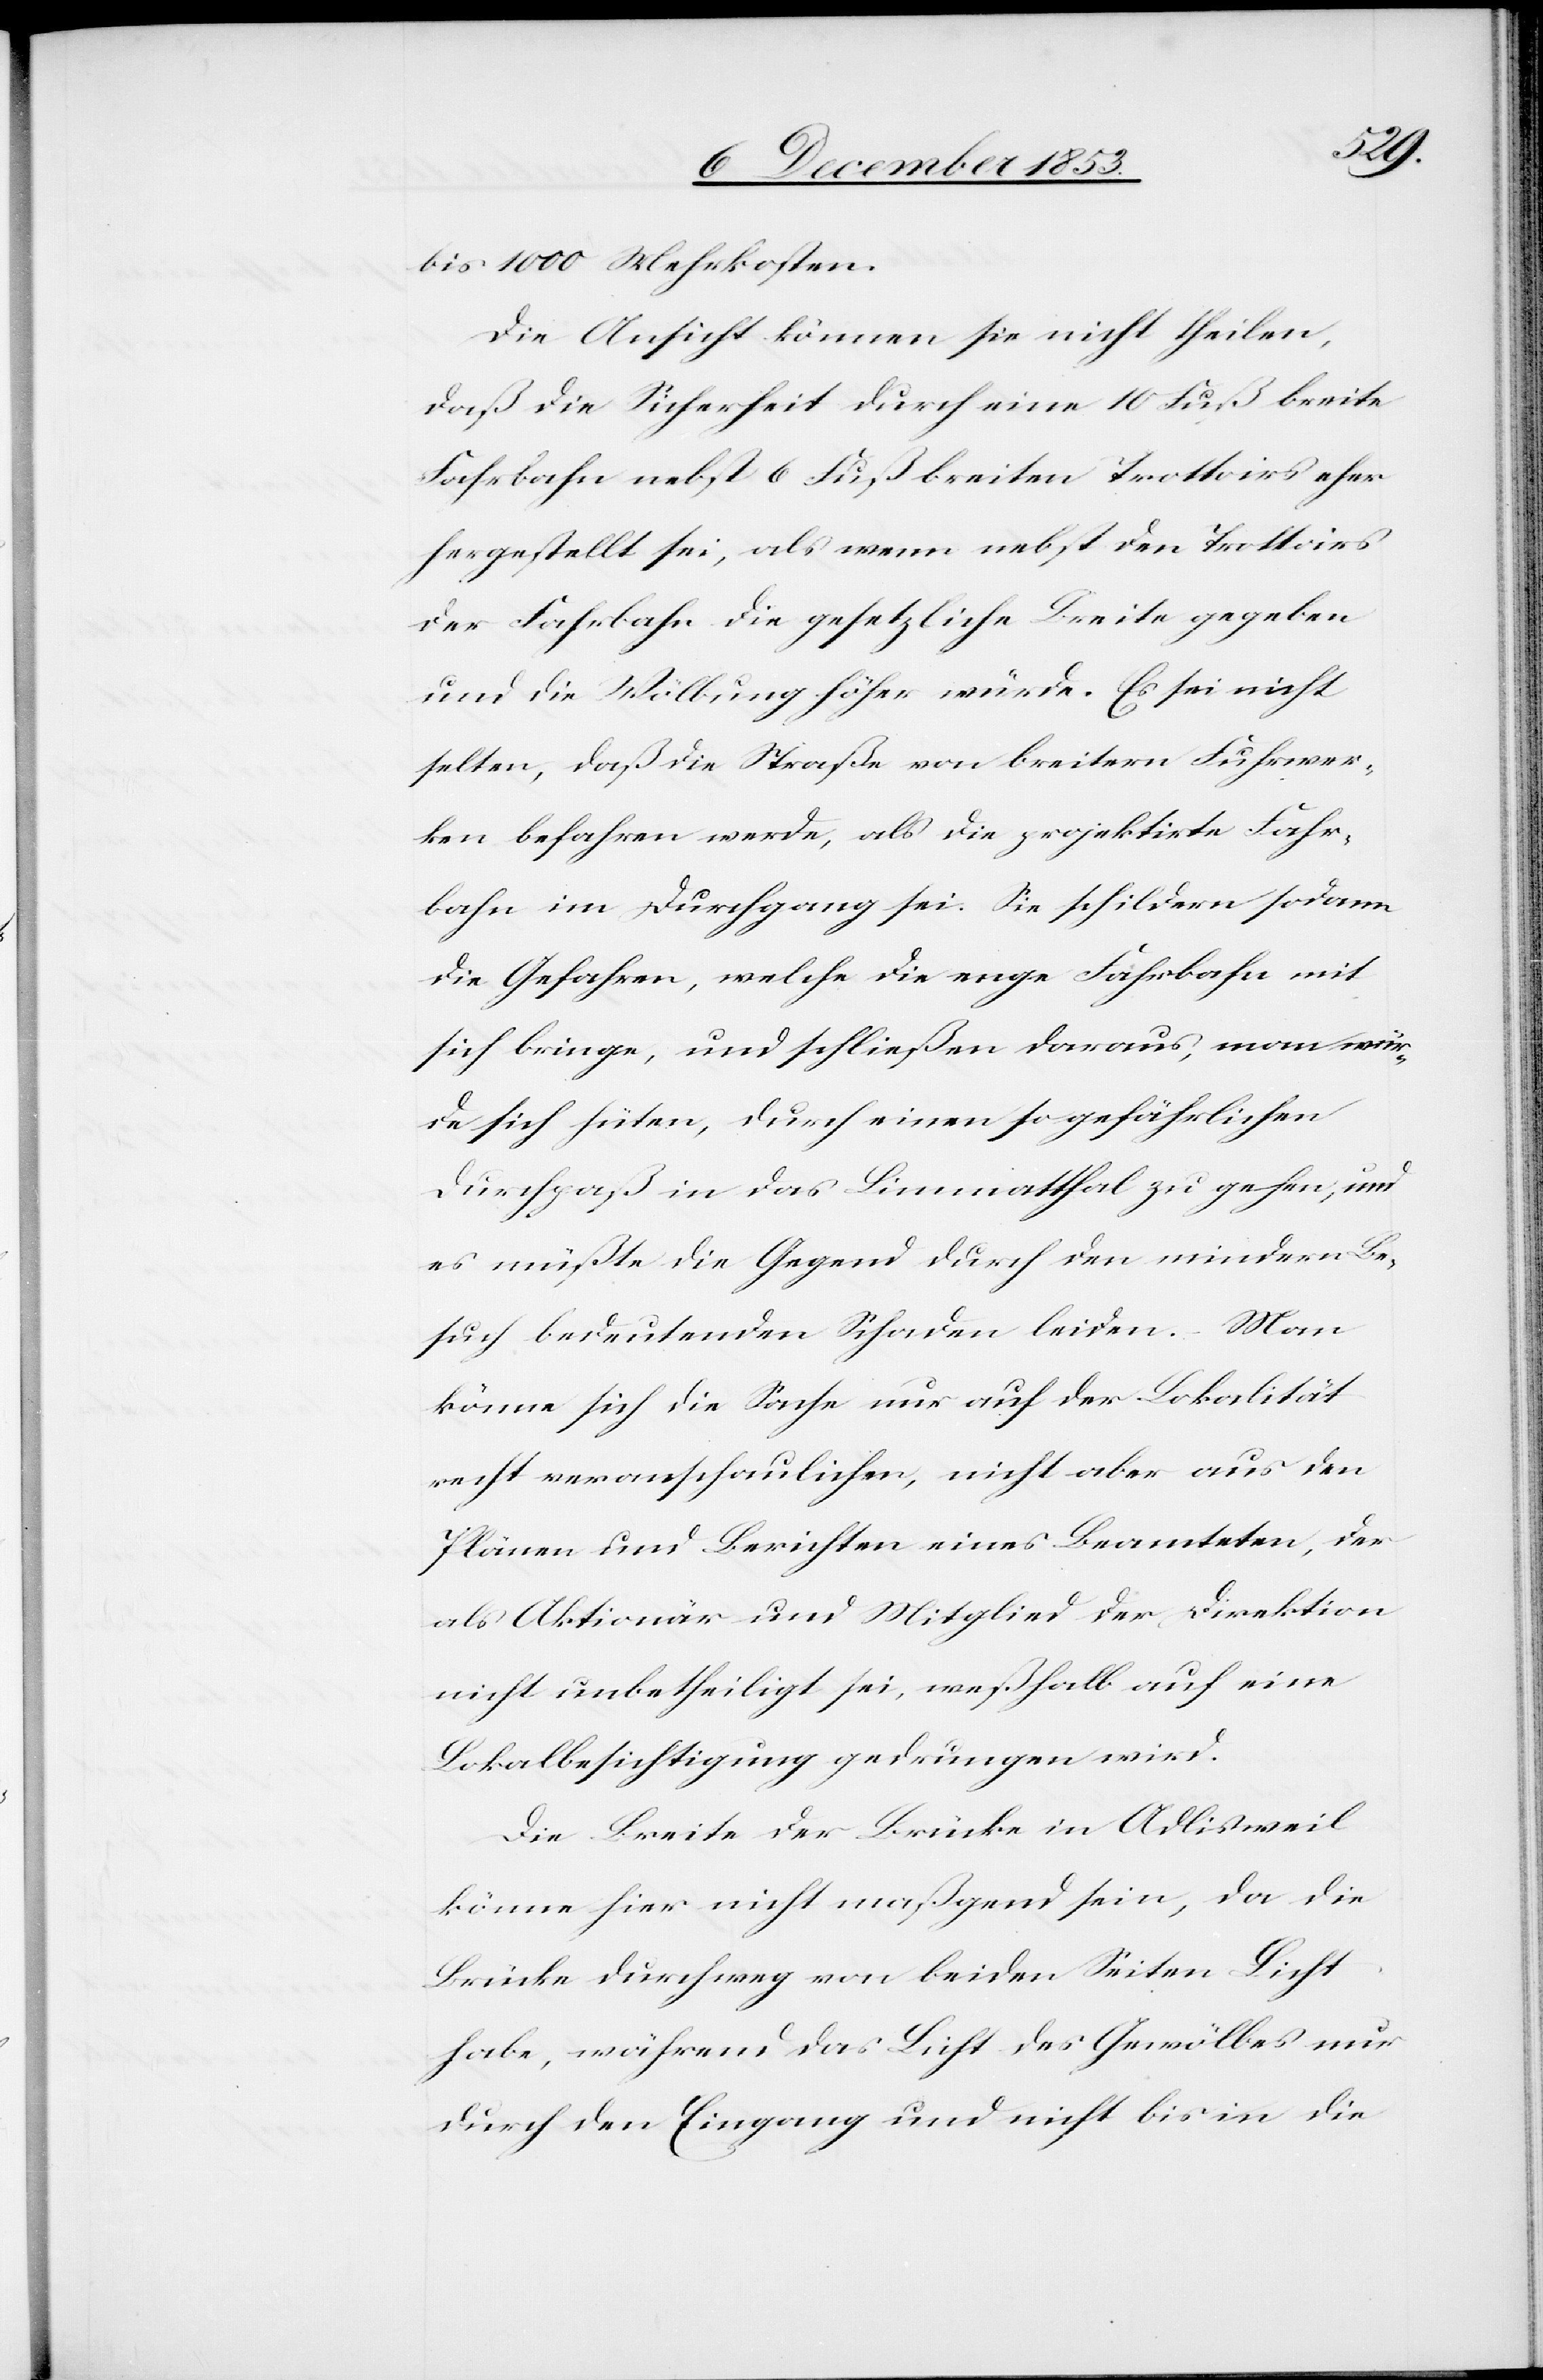
bis 1000 Mehrkosten.
Die Ansicht können sie nicht theilen,
daß die Sicherheit durch eine 10 Fuß breite
Fahrbahn nebst 6 Fuß breiten Trottoirs eher
hergestellt sei, als wenn nebst den Trottoirs
der Fahrbahn die gesetzliche Breite gegeben
und die Wölbung höher würde. Es sei nicht
selten, daß die Straße von breitern Fuhrwer¬
ken befahren werde, als die projektirte Fahr¬
bahn im Durchgang sei. Sie schildern sodann
die Gefahren, welche die enge Fahrbahn mit
sich bringe, und schließen daraus, man wür¬
de sich hüten, durch einen gefährlichen
Durchpaß in das Limmatthal zu gehen, und
es müßte die Gegend durch den mindern Be¬
such bedeutenden Schaden leiden. Man
könne sich die Sache nur auf der Lokalität
recht veranschaulichen, nicht aber aus den
Plänen und Berichten eines Beamteten, der
als Aktionär und Mitglied der Direktion
nicht unbetheiligt sei, weßhalb auf eine
Lokalbesichtigung gedrungen wird.
Die Breite der Brücke in Adlisweil
könne hier nicht maßgebend sein, da die
Brücke durchweg von beiden Seiten Licht
habe, während das Licht des Gewölbes nur
durch den Eingang und nicht bis in die